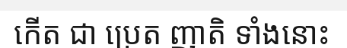
កើត ជា ប្រេត ញាតិ ទាំងនោះ